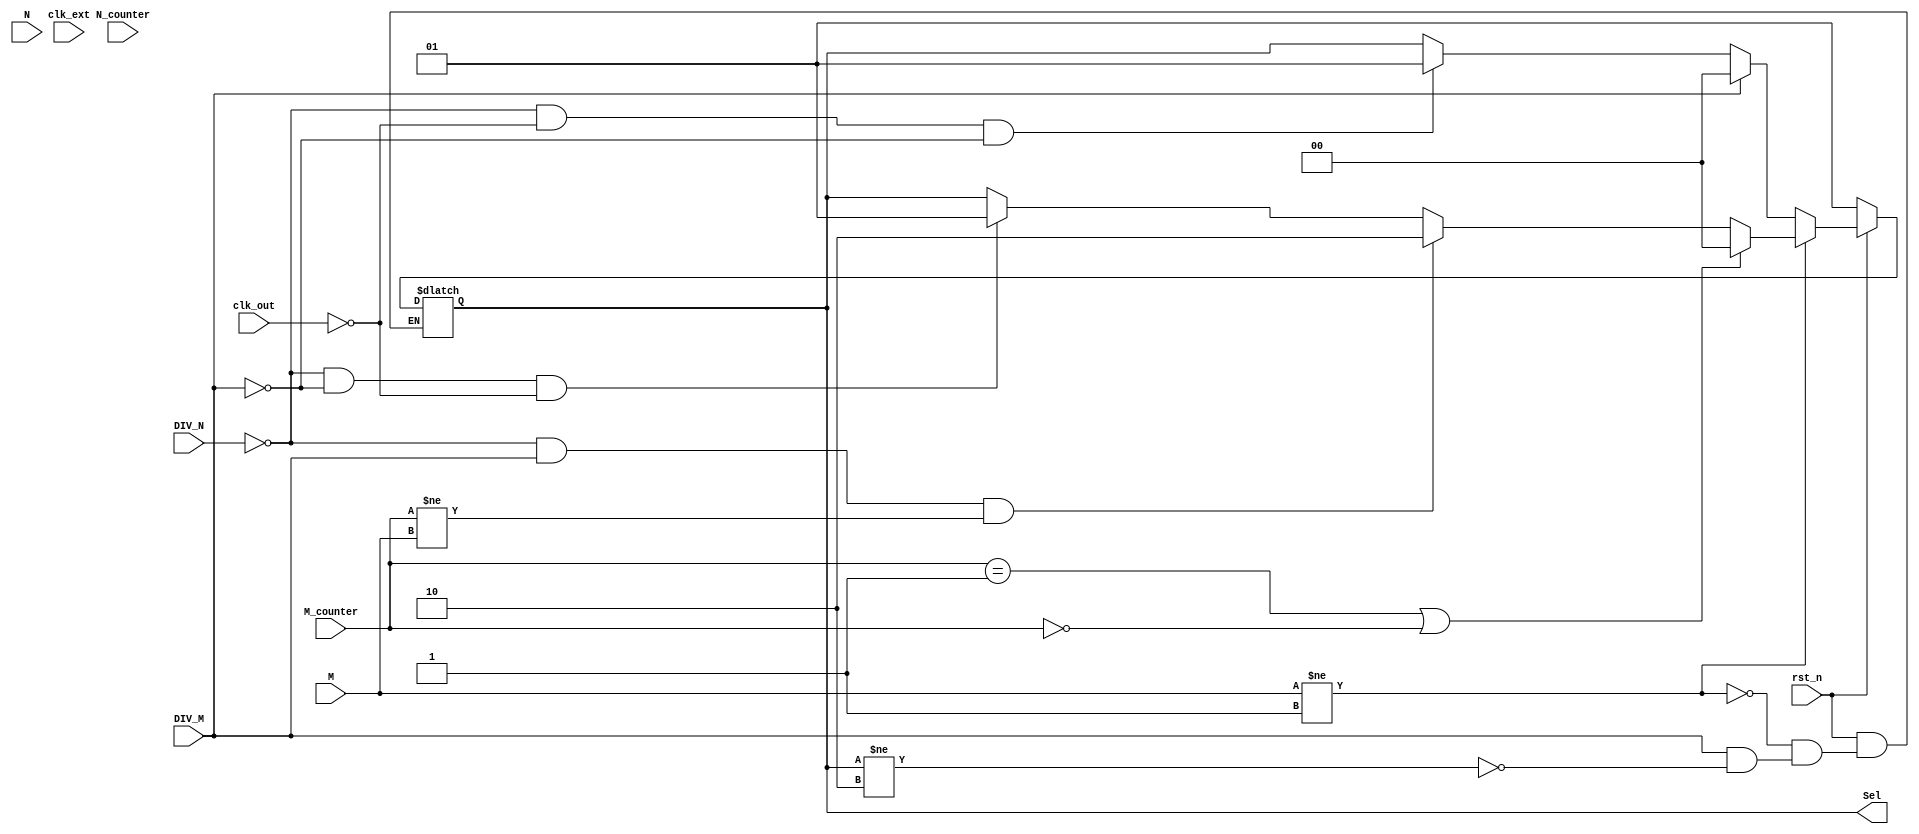
module Select_Logic (
    input DIV_N,
    input clk_out,
    input clk_ext,
    input DIV_M,
    input [3:0] N, 
    input [1:0] M, 
    input [3:0] N_counter,
    input [1:0] M_counter,
    output reg [1:0] Sel,
    input rst_n
);
	reg [1:0] Sel_tmp;
    always @(*) begin
		if (~rst_n) begin
			Sel_tmp <= 2'b01;
		end else if(M != 1) begin
			if (M_counter == 2'd1 || M_counter==2'd0) begin
					Sel_tmp <= 2'b00;
			end else if ((~DIV_N) && DIV_M && M_counter != M) begin
					Sel_tmp <= 2'b10;
			end else if ((~DIV_N) && (~DIV_M) && (~clk_out)) begin
				Sel_tmp <= 2'b01;
			end else begin 
				Sel_tmp <= Sel; 
			end
		end else begin
			if (DIV_M) begin
				if (Sel != 2'b10) begin
					Sel_tmp <= 2'b00;
				end
			end else if ((~DIV_N) && (~clk_out) &&(~DIV_M)) begin
				Sel_tmp <= 2'b01;
			end else begin 
				Sel_tmp <= Sel; 
			end
    	end
	end	
	
	always @(*) begin
		Sel <= Sel_tmp;
	end
endmodule